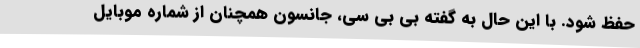
حفظ شود. با این حال به گفته بی بی سی، جانسون همچنان از شماره موبایل